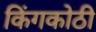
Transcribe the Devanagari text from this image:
किंगकोठी